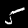
Digit: 5